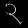
Digit: ၃